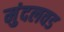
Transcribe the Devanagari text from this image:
मुंदलवड